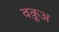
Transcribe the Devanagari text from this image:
वक़ूअ